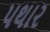
પથાર